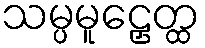
သမ္ပမူဠှေတ္ထ